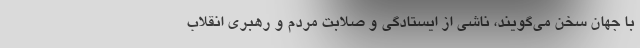
با جهان سخن می‌گویند، ناشی از ایستادگی و صلابت مردم و رهبری انقلاب